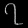
Digit: ၇